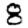
Digit: 8